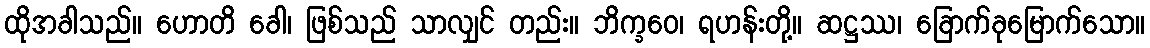
ထိုအခါသည်။ ဟောတိ ခေါ၊ ဖြစ်သည် သာလျှင် တည်း။ ဘိက္ခဝေ၊ ရဟန်းတို့။ ဆဋ္ဌဿ၊ ခြောက်ခုမြောက်သော။